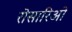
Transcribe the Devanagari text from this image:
रोसारिओ